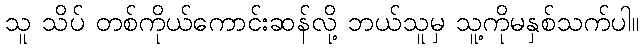
သူ သိပ် တစ်ကိုယ်ကောင်းဆန်လို့ ဘယ်သူမှ သူ့ကိုမနှစ်သက်ပါ။